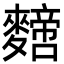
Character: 𪍼